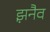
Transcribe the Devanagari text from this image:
झ़नैव